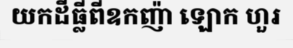
យកដីធ្លីពីឧកញ៉ា ឡោក ហួរ